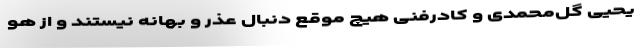
یحیی گل‌محمدی و کادرفنی هیچ موقع دنبال عذر و بهانه نیستند و از هو